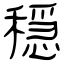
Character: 穏